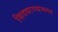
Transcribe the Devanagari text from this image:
सिदधारथनगर